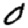
Digit: 0